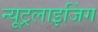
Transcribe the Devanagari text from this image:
न्यूट्रलाइजिंग